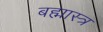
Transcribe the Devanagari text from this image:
बह्मास्त्र